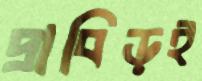
দ্রাবিড়ই